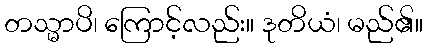
တသ္မာပိ၊ ကြောင့်လည်း။ ဒုတိယံ၊ မည်၏။